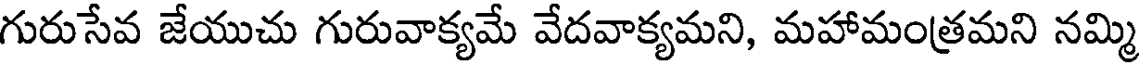
గురుసేవ జేయుచు గురువాక్యమే వేదవాక్యమని, మహామంత్రమని నమ్మి